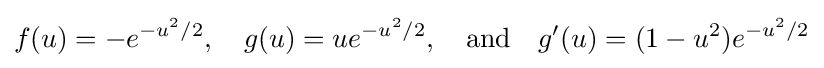
f(u)=-e^{-u^{2}/2},\quad g(u)=ue^{-u^{2}/2},\quad {\text{and}}\quad {g}'(u)=(1-u^{2})e^{-u^{2}/2}